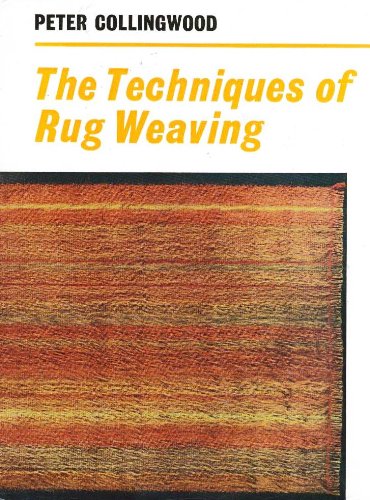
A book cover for The Techniques of Rug Weaving; Peter Collingwood; Crafts, Hobbies & Home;